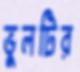
ভুলটির